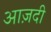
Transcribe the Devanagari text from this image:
आज़दी